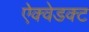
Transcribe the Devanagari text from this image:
ऐक्वेडक्ट